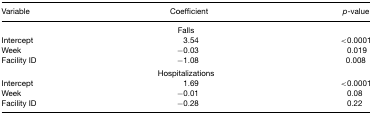
| Variable | Coefficient | p-value |
 | --- | --- | --- |
 |  | Falls |  |
 | Intercept | 3.54 | <0.0001 |
 | Week | −0.03 | 0.019 |
 | Facility ID | −1.08 | 0.008 |
 |  | Hospitalizations |  |
 | Intercept | 1.69 | <0.0001 |
 | Week | −0.01 | 0.08 |
 | Facility ID | −0.28 | 0.22 |